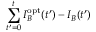
\sum _ { t ^ { \prime } = 0 } ^ { t } I _ { B } ^ { \mathrm { o p t } } ( t ^ { \prime } ) - I _ { B } ( t ^ { \prime } )